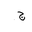
Letter: _gim